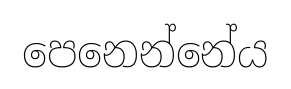
පෙනෙන්නේය